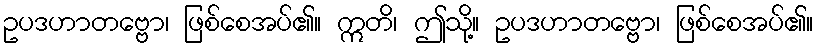
ဥပဒဟာတဗ္ဗော၊ ဖြစ်စေအပ်၏။ ဣတိ၊ ဤသို့။ ဥပဒဟာတဗ္ဗော၊ ဖြစ်စေအပ်၏။